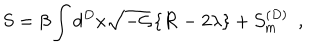
S = \beta \int d ^ { D } x \sqrt { - { \cal { G } } } \left\{ { \cal { R } } - 2 \lambda \right\} + { \cal { S } } _ { \mathrm { { m } } } ^ { ( D ) } \, \, \, ,